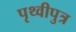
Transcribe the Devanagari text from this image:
पृथ्वीपुत्र